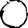
Digit: 0